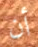
أن